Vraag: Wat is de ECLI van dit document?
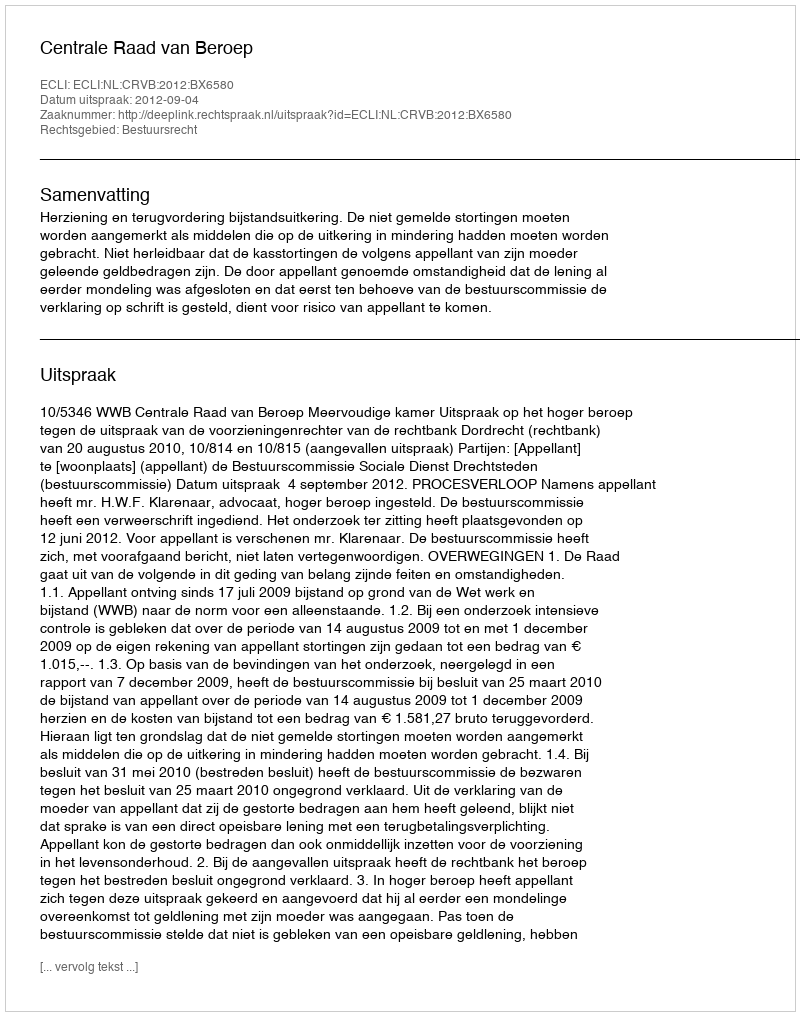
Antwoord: ECLI:NL:CRVB:2012:BX6580